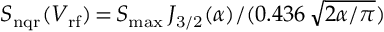
S _ { \mathrm { n q r } } ( V _ { \mathrm { r f } } ) \, { = } \, S _ { \mathrm { m a x } } \, J _ { \mathrm { 3 / 2 } } ( { \alpha } ) / ( 0 . 4 3 6 \, { \sqrt { 2 \alpha / \pi } } )